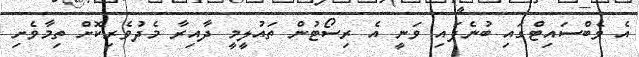
އެ ވެބްސައިޓްގައި ބުނެފައި ވަނީ އެ ރިސޯޓުން ތައުލީމީ ދާއިރާ މެދުވެރިކޮށް ތިމާވެށި